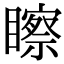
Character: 𥌀